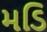
મડિ